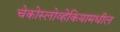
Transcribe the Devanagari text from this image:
चेकोस्लोव्हेकियामधील